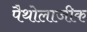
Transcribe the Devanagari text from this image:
पैथोलाजीक